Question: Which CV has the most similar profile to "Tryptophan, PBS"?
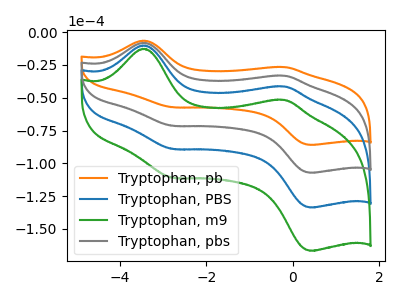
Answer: <think>The orange curve "Tryptophan, pb" has anodic peaks at (-3.50V, -6.55uA) (-0.20V, -26.65uA) and cathodic peaks at (-2.80V, -57.30uA) (0.40V, -85.95uA). The blue curve "Tryptophan, PBS" has anodic peaks at (-3.50V, -16.30uA) (-0.20V, -66.45uA) and cathodic peaks at (-2.80V, -142.85uA) (0.40V, -214.35uA). The green curve "Tryptophan, m9" has anodic peaks at (-3.50V, -24.50uA) (-0.20V, -99.65uA) and cathodic peaks at (-2.80V, -214.30uA) (0.40V, -321.50uA). The gray curve "Tryptophan, pbs" has anodic peaks at (-3.50V, -8.15uA) (-0.20V, -33.20uA) and cathodic peaks at (-2.80V, -71.45uA) (0.40V, -107.15uA).
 All the peaks in "Tryptophan, pb" have a peak in "Tryptophan, PBS" at the same potential. All the peaks in "Tryptophan, pb" have a peak in "Tryptophan, m9" at the same potential. All the peaks in "Tryptophan, pb" have a peak in "Tryptophan, pbs" at the same potential. All the peaks in "Tryptophan, PBS" have a peak in "Tryptophan, m9" at the same potential. All the peaks in "Tryptophan, PBS" have a peak in "Tryptophan, pbs" at the same potential. All the peaks in "Tryptophan, m9" have a peak in "Tryptophan, pbs" at the same potential.</think>
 <answer>"Tryptophan, PBS", "Tryptophan, m9" and "Tryptophan, pbs" have a similar shape to "Tryptophan, pb".</answer>
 <eval>"Tryptophan, PBS" "Tryptophan, m9" "Tryptophan, pbs"</eval>